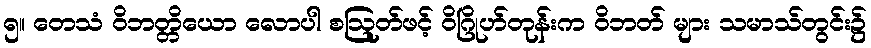
၅။ တေသံ ဝိဘတ္တိယော လောပါ စဩုတ်ဖင့် ဝိဂြိုဟ်တုန်းက ဝိဘတ် များ သမာသ်တွင်း၌